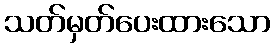
သတ်မှတ်ပေးထားသော